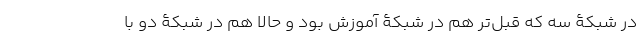
در شبکۀ سه که قبل‌تر هم در شبکۀ آموزش بود و حالا هم در شبکۀ دو با